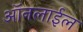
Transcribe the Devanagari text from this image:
ऑनलाईल